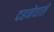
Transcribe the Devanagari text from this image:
दहनेवाले